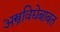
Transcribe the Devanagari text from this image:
अस्त्रविद्येबाबत